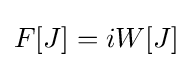
F[J]=iW[J]